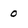
Character: 0